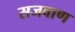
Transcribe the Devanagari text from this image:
सजवाण